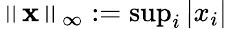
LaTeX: \left\Vert\mathbf{x}\right\Vert_{\infty}:={\mathrm{sup}}_{i}\left\vert x_{i}\right\vert